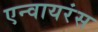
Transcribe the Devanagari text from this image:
एन्वायरंस